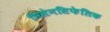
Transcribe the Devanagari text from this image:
मिसेनसिफेलिक